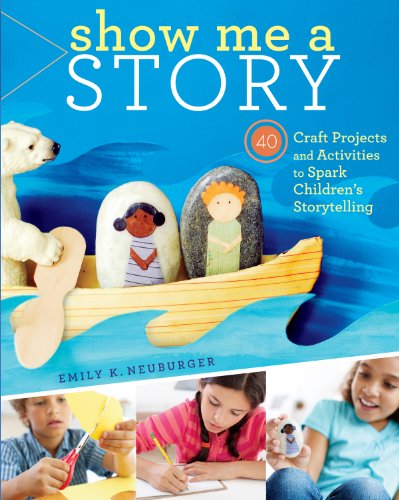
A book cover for Show Me a Story: 40 Craft Projects and Activities to Spark Children's Storytelling; Emily K. Neuburger; Crafts, Hobbies & Home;